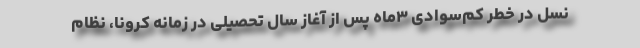
نسل در خطر کم‌سوادی ۳‌ماه پس از آغاز سال تحصیلی در زمانه کرونا، نظام